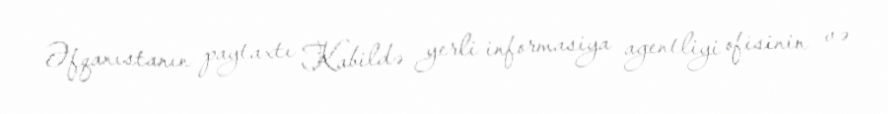
Əfqanıstanın paytaxtı Kabildə yerli informasiya agentliyi ofisinin və